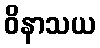
ဝိနာသယ